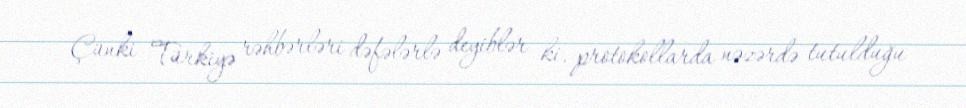
Çünki Türkiyə rəhbərləri dəfələrlə deyiblər ki, protokollarda nəzərdə tutulduğu